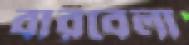
বারবেলা